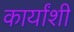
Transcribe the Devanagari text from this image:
कार्यांशी